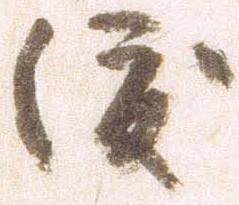
渡